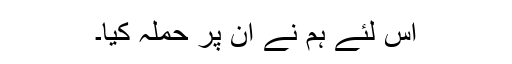
اس لئے ہم نے ان پر حملہ کیا۔